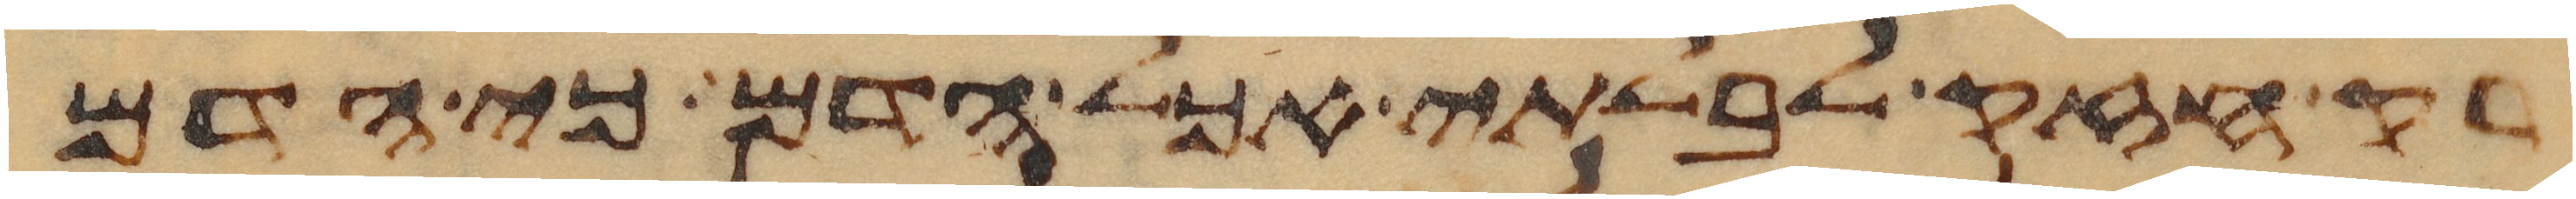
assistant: רק חזק לבלתי אכל הדם כי הדם